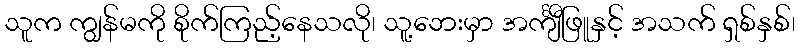
သူက ကျွန်မကို စိုက်ကြည့်နေသလို၊ သူ့ဘေးမှာ အင်္ကျီဖြူနှင့် အသက် ရှစ်နှစ်၊